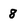
Character: 8